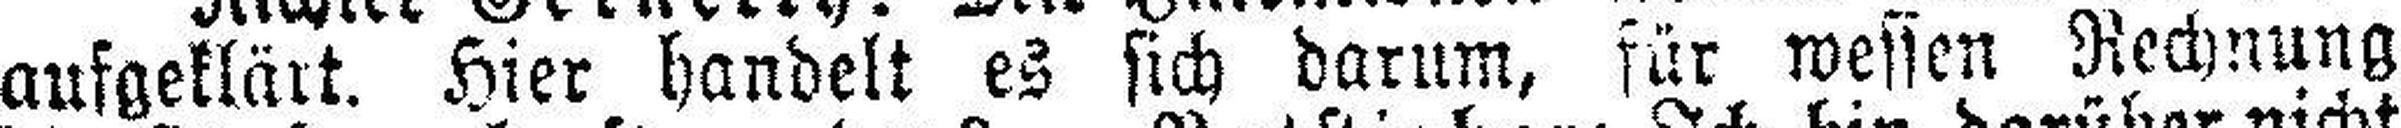
aufgeklärt. Hier handelt es sich darum, für wessen Rechnung